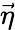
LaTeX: \vec{\eta}